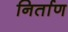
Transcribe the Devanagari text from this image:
निर्ताण